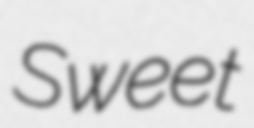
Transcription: Sweet